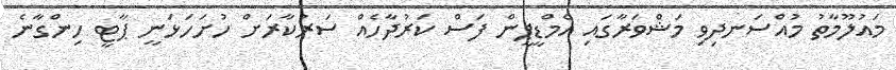
މައުލޫމާތު މުއްސަނދިވި މަޝްވަރާގައި އެމްޑީޕީން ފަސް ކަރުދާހެއް ސަރުކާރަށް ހުށަހަޅަނީ ޕާޓީ ހިންގާނެ